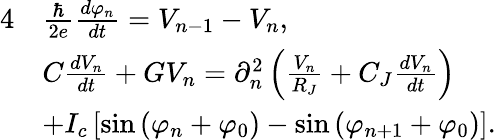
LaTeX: \begin{array}{rl}{{4}}&{\frac{\hbar}{2e}\frac{d\varphi_{n}}{dt}=V_{n-1}-V_{n},}\\ &{C\frac{dV_{n}}{dt}+GV_{n}=\partial_{n}^{2}\left(\frac{V_{n}}{R_{J}}+C_{J}\frac{dV_{n}}{dt}\right)}\\ &{+I_{c}\left[\sin\left(\varphi_{n}+\varphi_{0}\right)-\sin\left(\varphi_{n+1}+\varphi_{0}\right)\right].}\end{array}